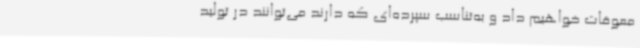
معوقات خواهیم داد و به‌تناسب سپرده‌ای که دارند می‌توانند در تولید